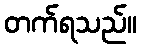
တက်ရသည်။